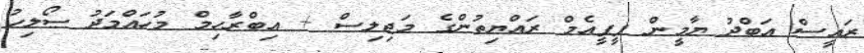
ރައީސް އަބްދު ޔާމީން ޕީޕީއެމް ރައްޔިތުންގެ މަޖިލިސް + އިބްރާހިމް މުހައްމަދު ސޯލިހު